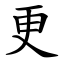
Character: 更